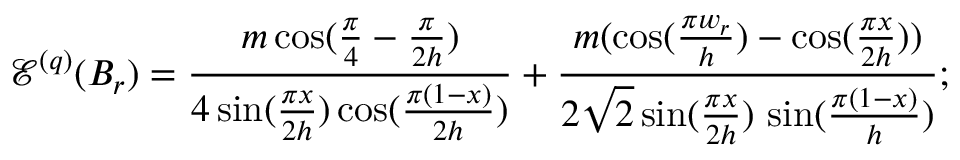
\mathcal { E } ^ { ( q ) } ( B _ { r } ) = \frac { m \cos ( \frac { \pi } { 4 } - \frac { \pi } { 2 h } ) } { 4 \sin ( \frac { \pi x } { 2 h } ) \cos ( \frac { \pi ( 1 - x ) } { 2 h } ) } + \frac { m ( \cos ( \frac { \pi w _ { r } } { h } ) - \cos ( \frac { \pi x } { 2 h } ) ) } { 2 \sqrt { 2 } \sin ( \frac { \pi x } { 2 h } ) \, \sin ( \frac { \pi ( 1 - x ) } { h } ) } ;